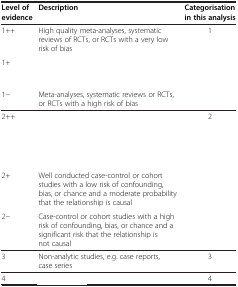
<table><thead><tr><td><b>Level of evidence</b></td><td><b>Description</b></td><td><b>Categorisation in this analysis</b></td></tr></thead><tbody><tr><td>1++</td><td>High quality meta-analyses, systematic reviews of RCTs, or RCTs with a very low risk of bias</td><td>1</td></tr><tr><td>1+</td><td>[EMPTY_CELL]</td><td>[EMPTY_CELL]</td></tr><tr><td>1-</td><td>Meta-analyses, systematic reviews or RCTs, or RCTs with a high risk of bias</td><td>[EMPTY_CELL]</td></tr><tr><td>2++</td><td>[EMPTY_CELL]</td><td>2</td></tr><tr><td>2+</td><td>Well conducted case-control or cohort studies with a low risk of confounding, bias, or chance and a moderate probability that the relationship is causal</td><td>[EMPTY_CELL]</td></tr><tr><td>2-</td><td>Case-control or cohort studies with a high risk of confounding, bias, or chance and a significant risk that the relationship is not causal</td><td>[EMPTY_CELL]</td></tr><tr><td>3</td><td>Non-analytic studies, e.g. case reports, case series</td><td>3</td></tr><tr><td>4</td><td>[EMPTY_CELL]</td><td>4</td></tr></tbody></table>